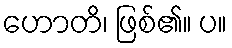
ဟောတိ၊ ဖြစ်၏။ ပ။